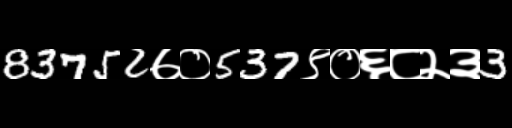
Text: 83752७०537९०६८२३3